Leaving Certificate Examination (including Day School Certificate (Higher) General paper), 1932
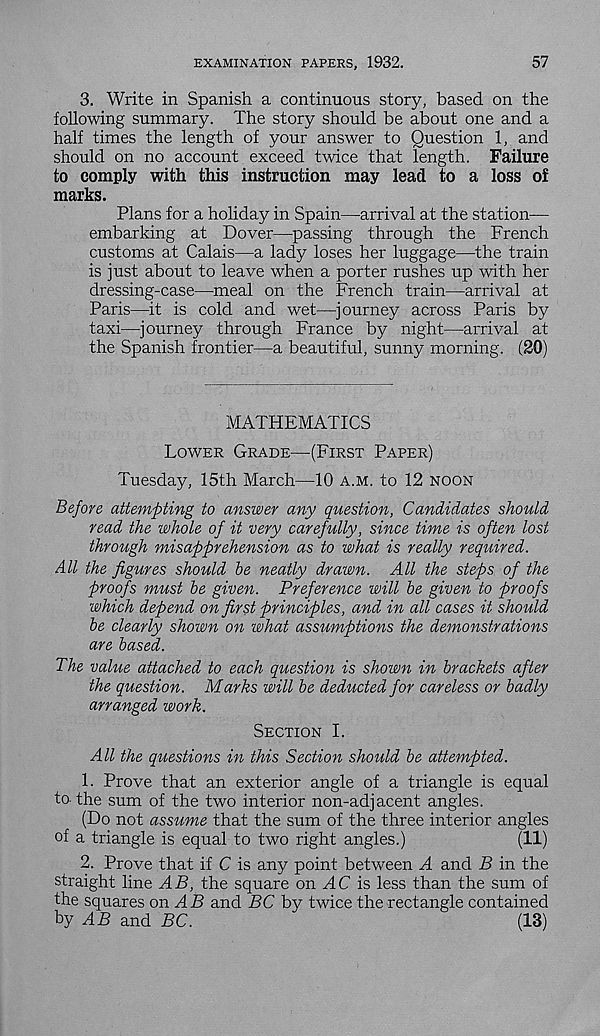
EXAMINATION PAPERS, 1932.
57
3. Write in Spanish a continuous story, based on the
following summary. The story should be about one and a
half times the length of your answer to Question 1, and
should on no account exceed twice that length. Failure
to comply with this instruction may lead to a loss of
marks.
Plans for a holiday in Spain—arrival at the station—
embarking at Dover—passing through the French
customs at Calais—a lady loses her luggage—the train
is just about to leave when a porter rushes up with her
dressing-case—meal on the French train—arrival at
Paris—it is cold and wet—journey across Paris by
taxi—journey through France by night—arrival at
the Spanish frontier—a beautiful, sunny morning. (20)
MATHEMATICS
Lower Grade—(First Paper)
Tuesday, 15th March—10 a.m. to 12 noon
Before attempting to answer any question, Candidates should
read the whole of it very carefully, since time is often lost
through misapprehension as to what is really required.
All the figures should be neatly drawn. All the steps of the
proofs must be given. Preference will be given to proofs
which depend on first principles, and in all cases it should
be clearly shown on what assumptions the demonstrations
are based.
The value attached to each question is shown in brackets after
the question. Marks will be deducted for careless or badly
arranged work.
Section I.
All the questions in this Section should be attempted.
1. Prove that an exterior angle of a triangle is equal
to-the sum of the two interior non-adjacent angles.
(Do not assume that the sum of the three interior angles
of a triangle is equal to two right angles.)
(11)
2. Prove that if C is any point between A and B in the
straight line AB, the square on AC is less than the sum of
the squares on A 5 and BC by twice the rectangle contained
by AB and BC.
(13)